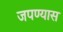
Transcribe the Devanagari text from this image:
जपण्यास